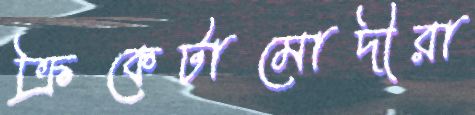
ক্রিকেটামোদীরা